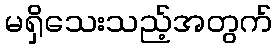
မရှိသေးသည့်အတွက်